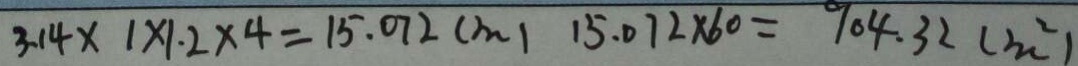
3 . 1 4 \times 1 \times 1 . 2 \times 4 = 1 5 . 0 7 2 ( m ) 1 5 . 0 7 2 \times 6 0 = 9 0 4 . 3 2 ( m ^ { 2 } )